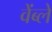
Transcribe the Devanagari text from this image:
वेंब्ले